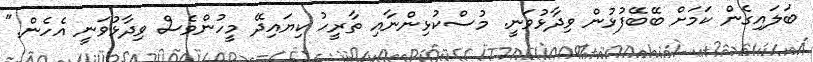
ބަލައިގެން ކަމަށް ބޭބޭފުޅުން ވިދާޅުވަނީ. މުސްކުޅިންނާއި ތާރީހު ކިޔައިދޭ މީހުންވެސް ވިދާޅުވަނީ އެހެން."